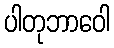
ပါတုဘာဝေါ